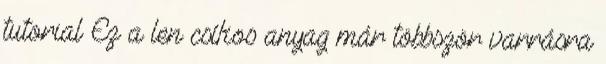
tutorial Ez a len csíkos anyag már többször varrásra